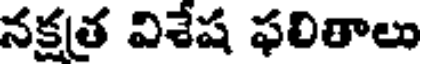
నక్షత్ర విశేష ఫలితాలు